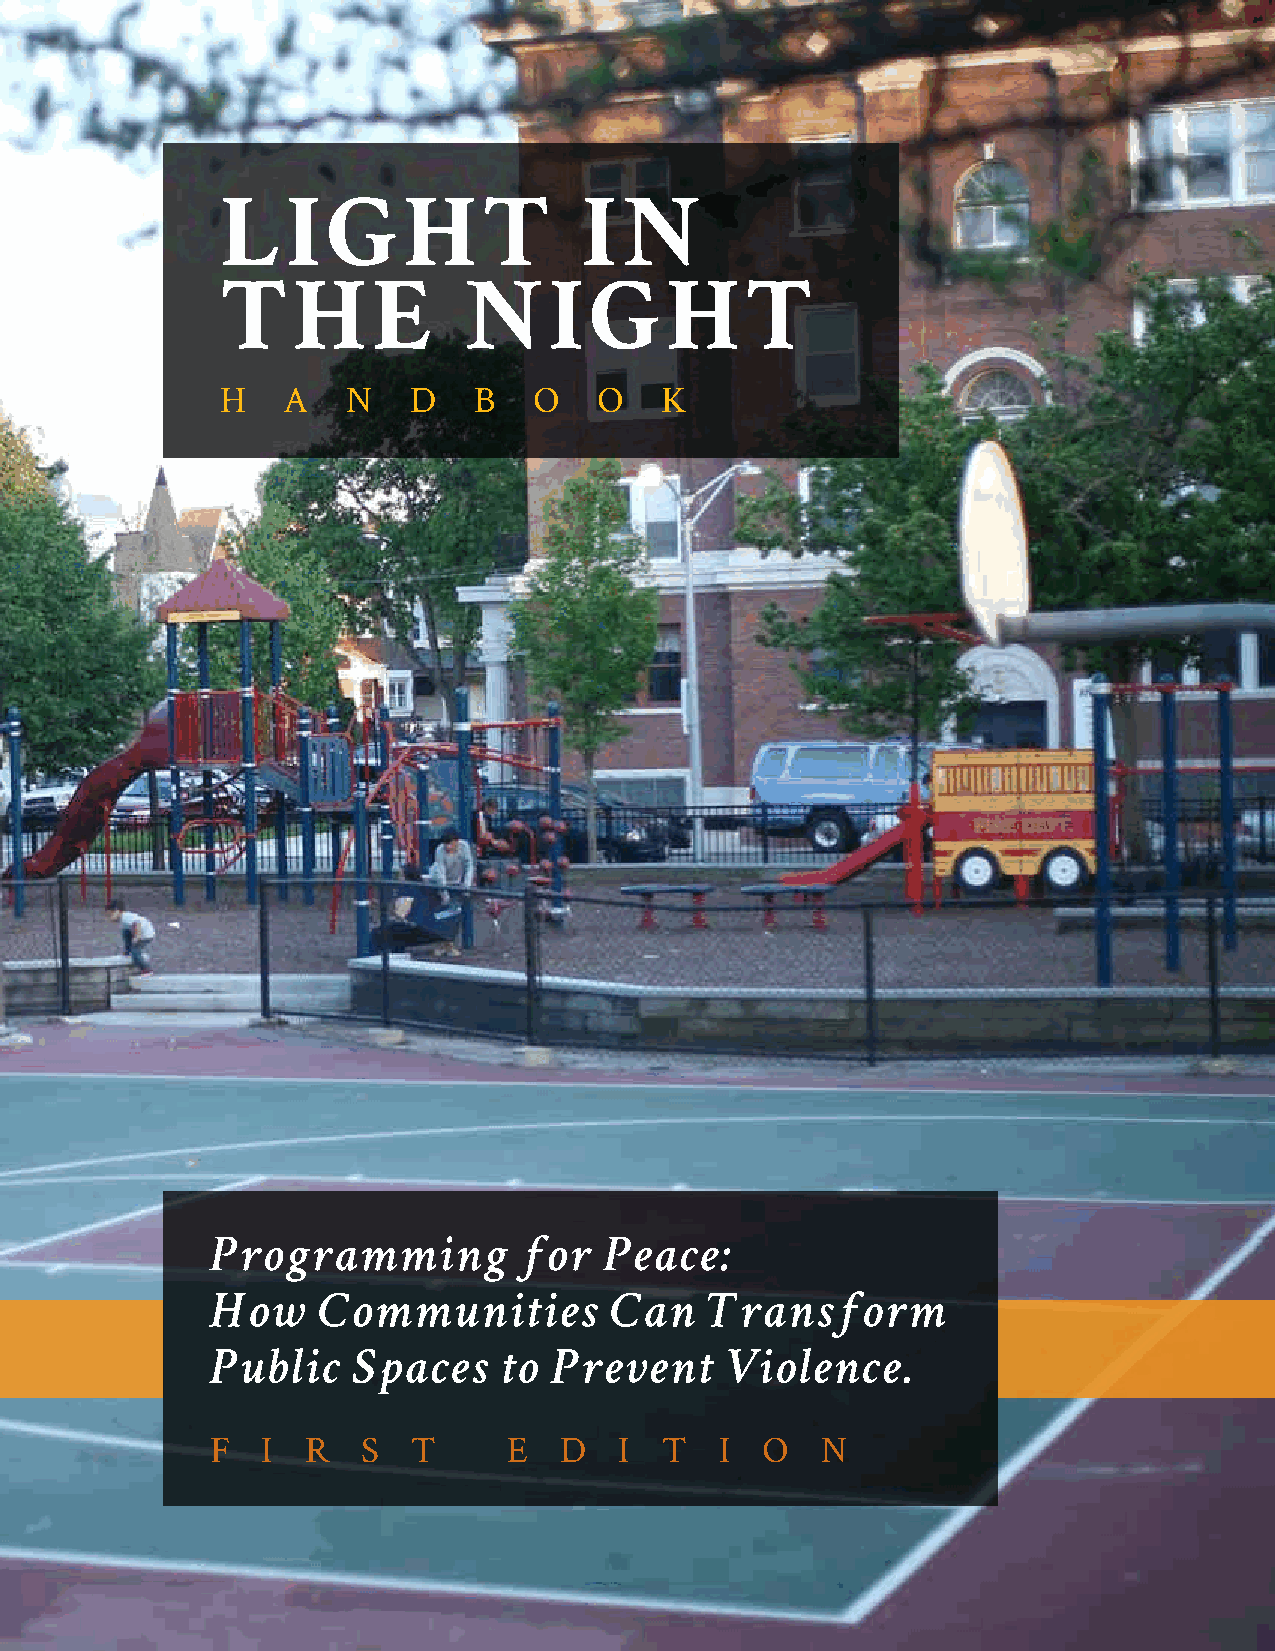
LIGHT                   IN
 THE             NIGHT
 H   A   N   D   B   O    O   K
 Programming         for   Peace:
 How    Communities        Can    Transform
 Public   Spaces    to Prevent     Violence.
 F  I  R   S  T      E  D   I  T   I O   N
 1